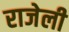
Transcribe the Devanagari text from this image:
राजेली